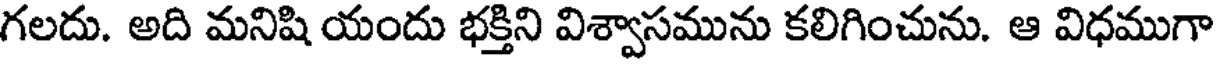
గలదు. అది మనిషి యందు భక్తిని విశ్వాసమును కలిగించును. ఆ విధముగా